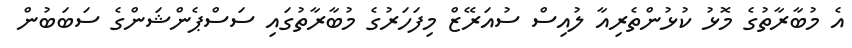
އެ މުބާރާތުގެ މޮޅު ކުޅުންތެރިއާ ލުއިސް ސުއަރޭޒް މިފަހަރުގެ މުބާރާތުގައި ސަސްޕެންޝަންގެ ސަބަބުން